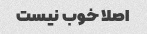
اصلا خوب نیست